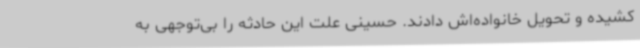
کشیده و تحویل خانواده‌اش دادند. حسینی علت این حادثه را بی‌توجهی به